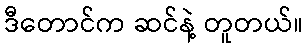
ဒီတောင်က ဆင်နဲ့ တူတယ်။